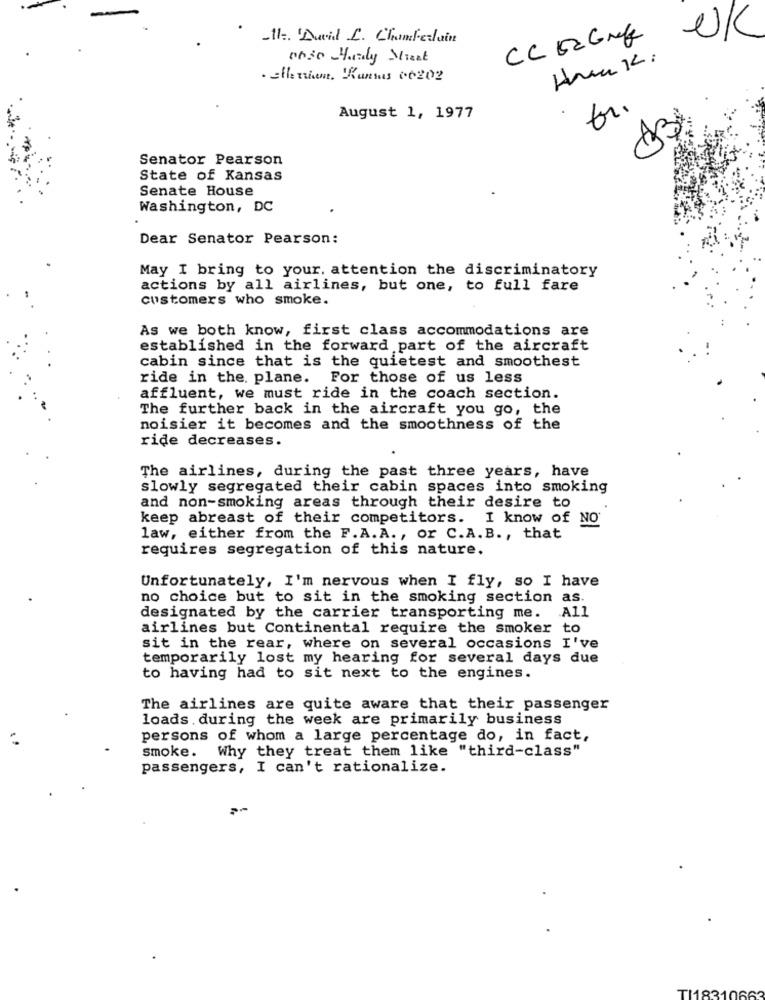
UK
-II -. 'David L. Chamberlain
CC D2 Grefe
Hun k:
. ellertient. Kumas 00202
fr.
August 1, 1977
Senator Pearson
State of Kansas
Senate House
Washington, DC
Dear Senator Pearson:
May I bring to your, attention the discriminatory
actions by all airlines, but one, to full fare
customers who smoke.
As we both know, first class accommodations are
established in the forward part of the aircraft
cabin since that is the quietest and smoothest
ride in the plane. For those of us less
affluent, we must ride in the coach section.
The further back in the aircraft you go, the
noisier it becomes and the smoothness of the
ride decreases.
The airlines, during the past three years, have
slowly segregated their cabin spaces into smoking
and non-smoking areas through their desire to
keep abreast of their competitors. I know of NO
law, either from the F.A. A ., or C.A. B ., that
requires segregation of this nature.
Unfortunately, I'm nervous when I fly, so I have
no choice but to sit in the smoking section as.
designated by the carrier transporting me. All
airlines but Continental require the smoker to
sit in the rear, where on several occasions I've
temporarily lost my hearing for several days due
to having had to sit next to the engines.
The airlines are quite aware that their passenger
loads . during the week are primarily business
persons of whom a large percentage do, in fact,
smoke. Why they treat them like "third-class"
passengers, I can't rationalize.
TI18310